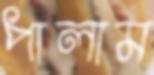
পালাম